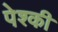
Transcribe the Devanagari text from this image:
पेश्की